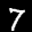
Label: 7